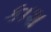
કાશ